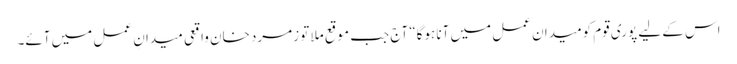
اس کے لیے پوری قوم کومیدان عمل میں آنا ہوگا“ آج جب موقع ملا تو زمرد خان واقعی میدانِ عمل میں آئے۔